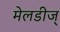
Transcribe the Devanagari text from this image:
मेलडीज्